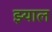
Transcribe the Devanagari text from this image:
झ्याल